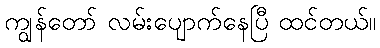
ကျွန်တော် လမ်းပျောက်နေပြီ ထင်တယ်။